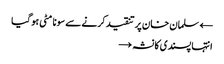
← سلمان خان پر تنقید کرنے سے سونا مٹی ہو گیا
انتہا پسندی کا نشہ →